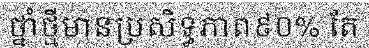
ថ្នាំថ្មីមានប្រសិទ្ធភាព៩០% តែ